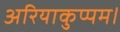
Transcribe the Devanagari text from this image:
अरियाकुप्पम।